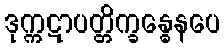
ဒုက္ကဋာပတ္တိက္ခန္ဓေနပေ